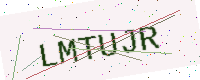
Text: LMTUJR